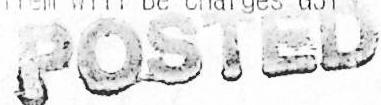
POSTED